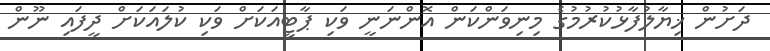
ދަށުން ޚިޔާލުފާޅުކުރުމުގެ މިނިވަންކަން އޮންނަނީ ވަކި ޕާޓީއަކަށް ވަކި ކުލައަކަށް ދީފައި ނޫން